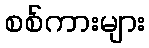
စစ်ကားများ